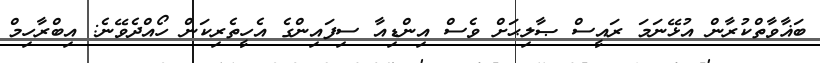
ބަޣާވާތްކުރާން އުޅޭނަމަ ރައީސް ޞާލިޙަށް ވެސް އިންޑިއާ ސިފައިންގެ އެހީތެރިކަން ހޯއްދެވޭނެ: އިބްރާހިމް